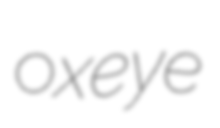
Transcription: oxeye